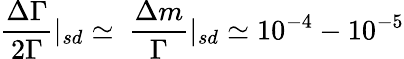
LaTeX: \frac{\Delta\Gamma}{2\Gamma}|_{sd}\simeq~\frac{\Delta m}{\Gamma}|_{sd}\simeq 10^{-4}-10^{-5}